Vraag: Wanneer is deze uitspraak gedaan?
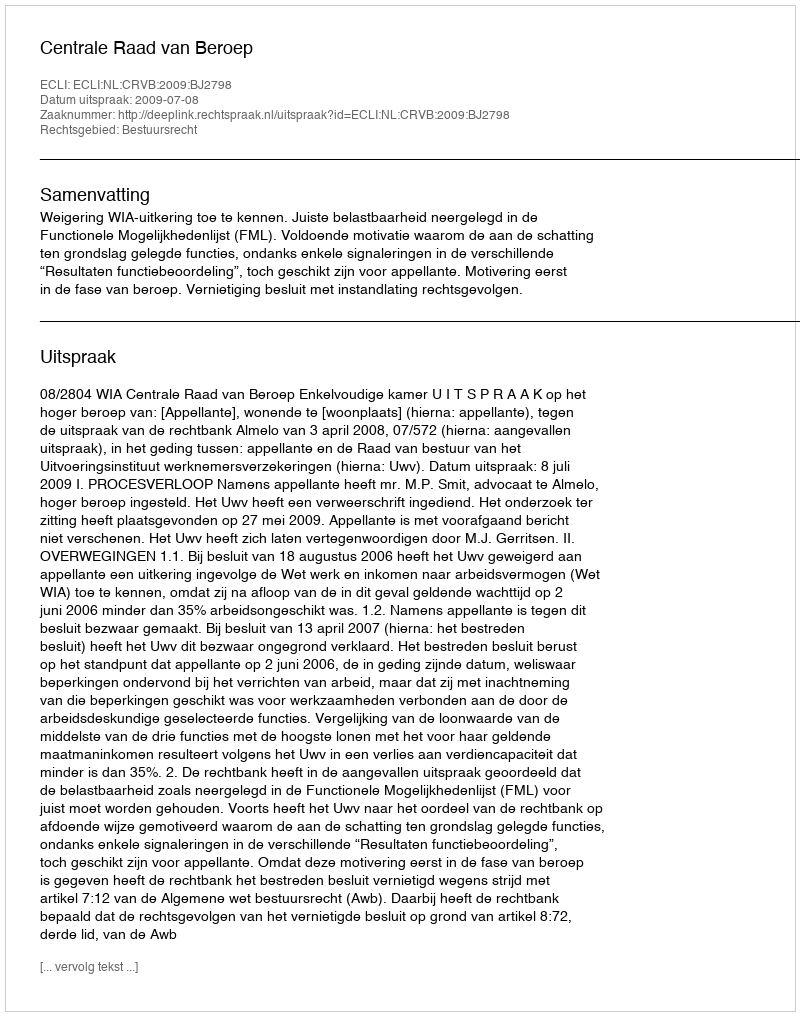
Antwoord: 2009-07-08